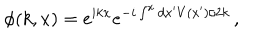
LaTeX: \phi ( k , x ) = e ^ { i k x } e ^ { - i \int ^ { x } d x ^ { \prime } V ( x ^ { \prime } ) / 2 k } \, ,